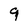
Character: 9